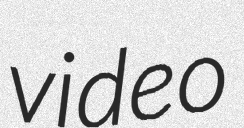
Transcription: video